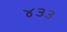
૪૩૩